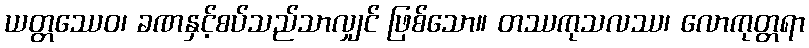
ယတ္တဿေဝ၊ ခဏနှင့်စပ်သည်သာလျှင် ဖြစ်သော။ တဿကုသလဿ၊ လောကုတ္တရာ